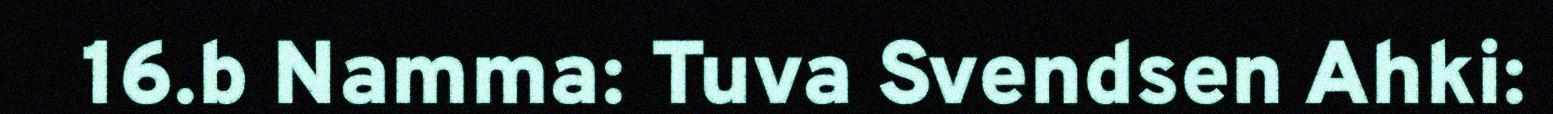
16.b Namma: Tuva Svendsen Ahki: